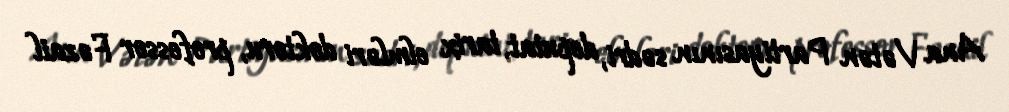
Ana Vətən Partiyasının sədri, deputat, tarix elmləri doktoru, professor Fəzail